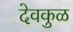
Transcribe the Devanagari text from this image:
देवकुळ